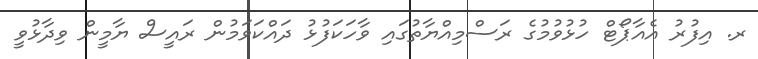
ރ. އިފުރު އެއާޕޯޓް ހުޅުވުމުގެ ރަސްމިއްޔާތުގައި ވާހަކަފުޅު ދައްކަވަމުން ރައީސް ޔާމީން ވިދާޅުވީ